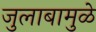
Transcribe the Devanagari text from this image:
जुलाबामुळे